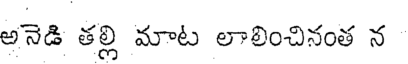
అనెడి తల్లి మాట లాలించినంత న